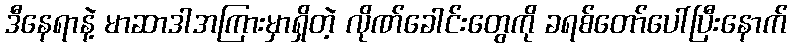
ဒီနေရာနဲ့ မာဆာဒါအကြားမှာရှိတဲ့ လိုဏ်ခေါင်းတွေကို ခရစ်တော်ပေါ်ပြီးနောက်